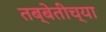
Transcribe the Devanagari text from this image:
तब्बेतीच्या